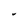
Character: I